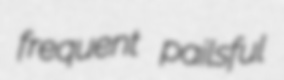
frequent pailsful